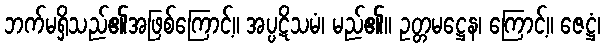
ဘက်မရှိသည်၏အဖြစ်ကြောင့်။ အပ္ပဋိသမံ၊ မည်၏။ ဥတ္တမဋ္ဌေန၊ ကြောင့်။ ဇေဋ္ဌံ၊